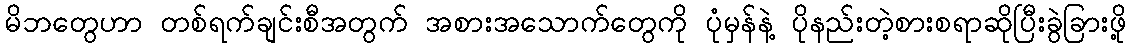
မိဘတွေဟာ တစ်ရက်ချင်းစီအတွက် အစားအသောက်တွေကို ပုံမှန်နဲ့ ပိုနည်းတဲ့စားစရာဆိုပြီးခွဲခြားဖို့